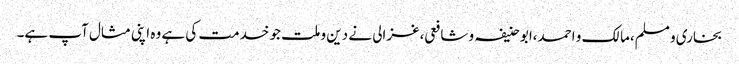
بخاری و مسلم،مالک و احمد،ابو حنیفہ و شافعی،غزالی نے دین و ملت جو خدمت کی ہے وہ اپنی مثال آپ ہے۔